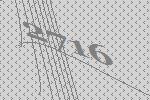
2716